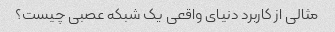
مثالی از کاربرد دنیای واقعی یک شبکه عصبی چیست؟